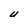
Character: U